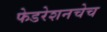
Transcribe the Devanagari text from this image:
फेडरेशनचेच